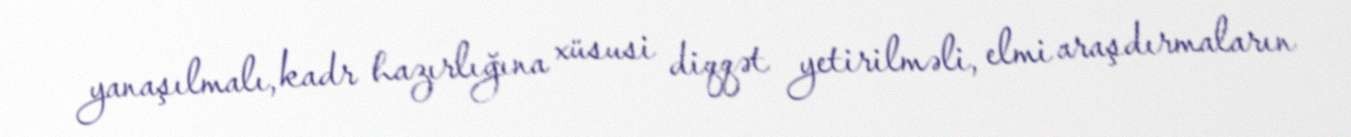
yanaşılmalı, kadr hazırlığına xüsusi diqqət yetirilməli, elmi araşdırmaların